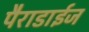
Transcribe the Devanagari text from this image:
पैराडाईज